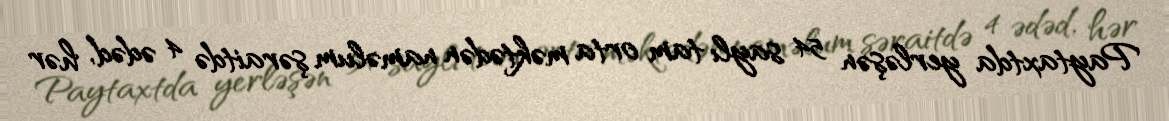
Paytaxtda yerləşən 54 saylı tam orta məktədən naməlum şəraitdə 4 ədəd, hər